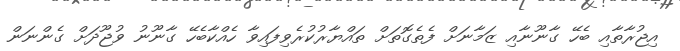
އިޖުރާތާއި ބެހޭ ގާނޫނާއި ޒަމާނަށް ފެތެގޮތަށް ތައްޔާރުކުރެވިފައިވާ ހެއްކާބެހޭ ގާނޫނު ވުޖޫދަށް ގެންނަން